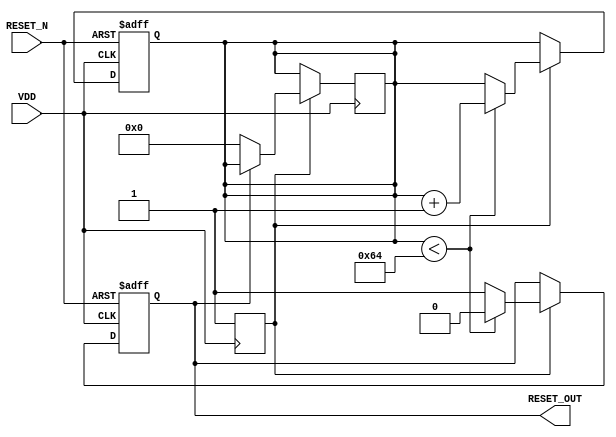
module PowerOnReset #(
    parameter RESET_DURATION = 100, // Duration for which RESET_OUT is active (in ns)
    parameter VDD_STABLE_DELAY = 10  // Delay to ensure VDD stabilization (in ns)
)(
    input wire VDD,         // Power supply status
    input wire RESET_N,     // Active Low Reset Input
    output reg RESET_OUT    // Reset output signal
);

    reg vdd_stable;          // Signal to indicate VDD stabilization
    reg [31:0] timer;        // Timer for reset duration

    // Initial block to set the RESET_OUT to active state at power-on
    initial begin
        RESET_OUT = 1'b1; // Active high (assuming active low reset)
        vdd_stable = 1'b0;
        timer = 0;
    end

    // Check for VDD stabilization
    always @(posedge VDD) begin
        #VDD_STABLE_DELAY vdd_stable = 1'b1; // Set VDD stable after the defined delay
    end

    // Main reset logic
    always @(posedge VDD or negedge RESET_N) begin
        if (!RESET_N) begin
            RESET_OUT <= 1'b0; // Assert reset when RESET_N is low
            timer <= 0;        // Reset timer
        end else if (vdd_stable) begin
            if (timer < RESET_DURATION) begin
                timer <= timer + 1; // Increment timer
                RESET_OUT <= 1'b0;   // Keep RESET_OUT active
            end else begin
                RESET_OUT <= 1'b1;   // Deassert RESET_OUT after duration
            end
        end
    end

    // Timer control when VDD is stable
    always @(posedge VDD) begin
        if (vdd_stable) begin
            if (RESET_OUT == 1'b0) begin
                // Reset the timer if RESET_OUT is still active
                timer <= 0; 
            end
        end
    end

endmodule